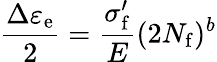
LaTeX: {\frac{\Delta\varepsilon_{\mathrm{e}}}{2}}={\frac{\sigma_{\mathrm{f}}^{\prime}}{E}}(2N_{\mathrm{f}})^{b}